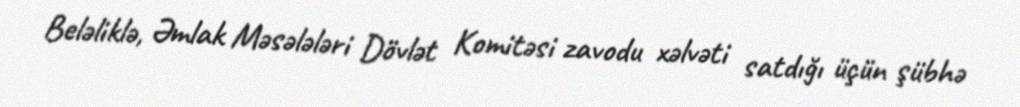
Beləliklə, Əmlak Məsələləri Dövlət Komitəsi zavodu xəlvəti satdığı üçün şübhə